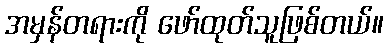
အမှန်တရားကို ဖော်ထုတ်သူဖြစ်တယ်။